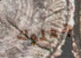
جعلوك